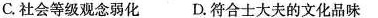
C.社会等级观念弱化D.符合士大夫的文化品味